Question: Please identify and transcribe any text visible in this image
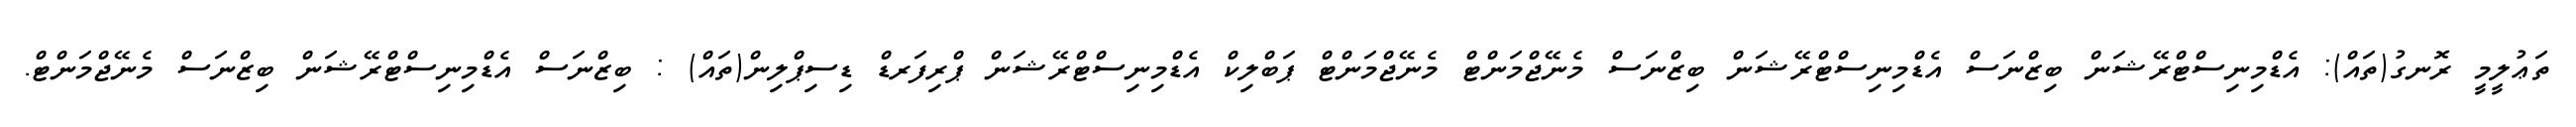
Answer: ތަޢުލީމީ ރޮނގު(ތައް): އެޑްމިނިސްޓްރޭޝަން ބިޒްނަސް އެޑްމިނިސްޓްރޭޝަން ބިޒްނަސް މެނޭޖްމަންޓް މެނޭޖްމަންޓް ޕަބްލިކް އެޑްމިނިސްޓްރޭޝަން ޕްރިފަރޑް ޑިސިޕްލިން(ތައް) : ބިޒްނަސް އެޑްމިނިސްޓްރޭޝަން ބިޒްނަސް މެނޭޖްމަންޓް.